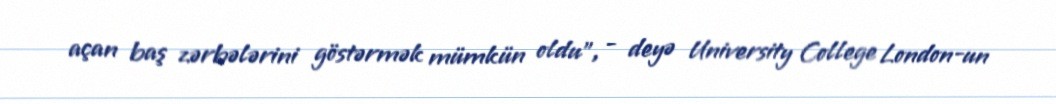
açan baş zərbələrini göstərmək mümkün oldu", - deyə University College London-un